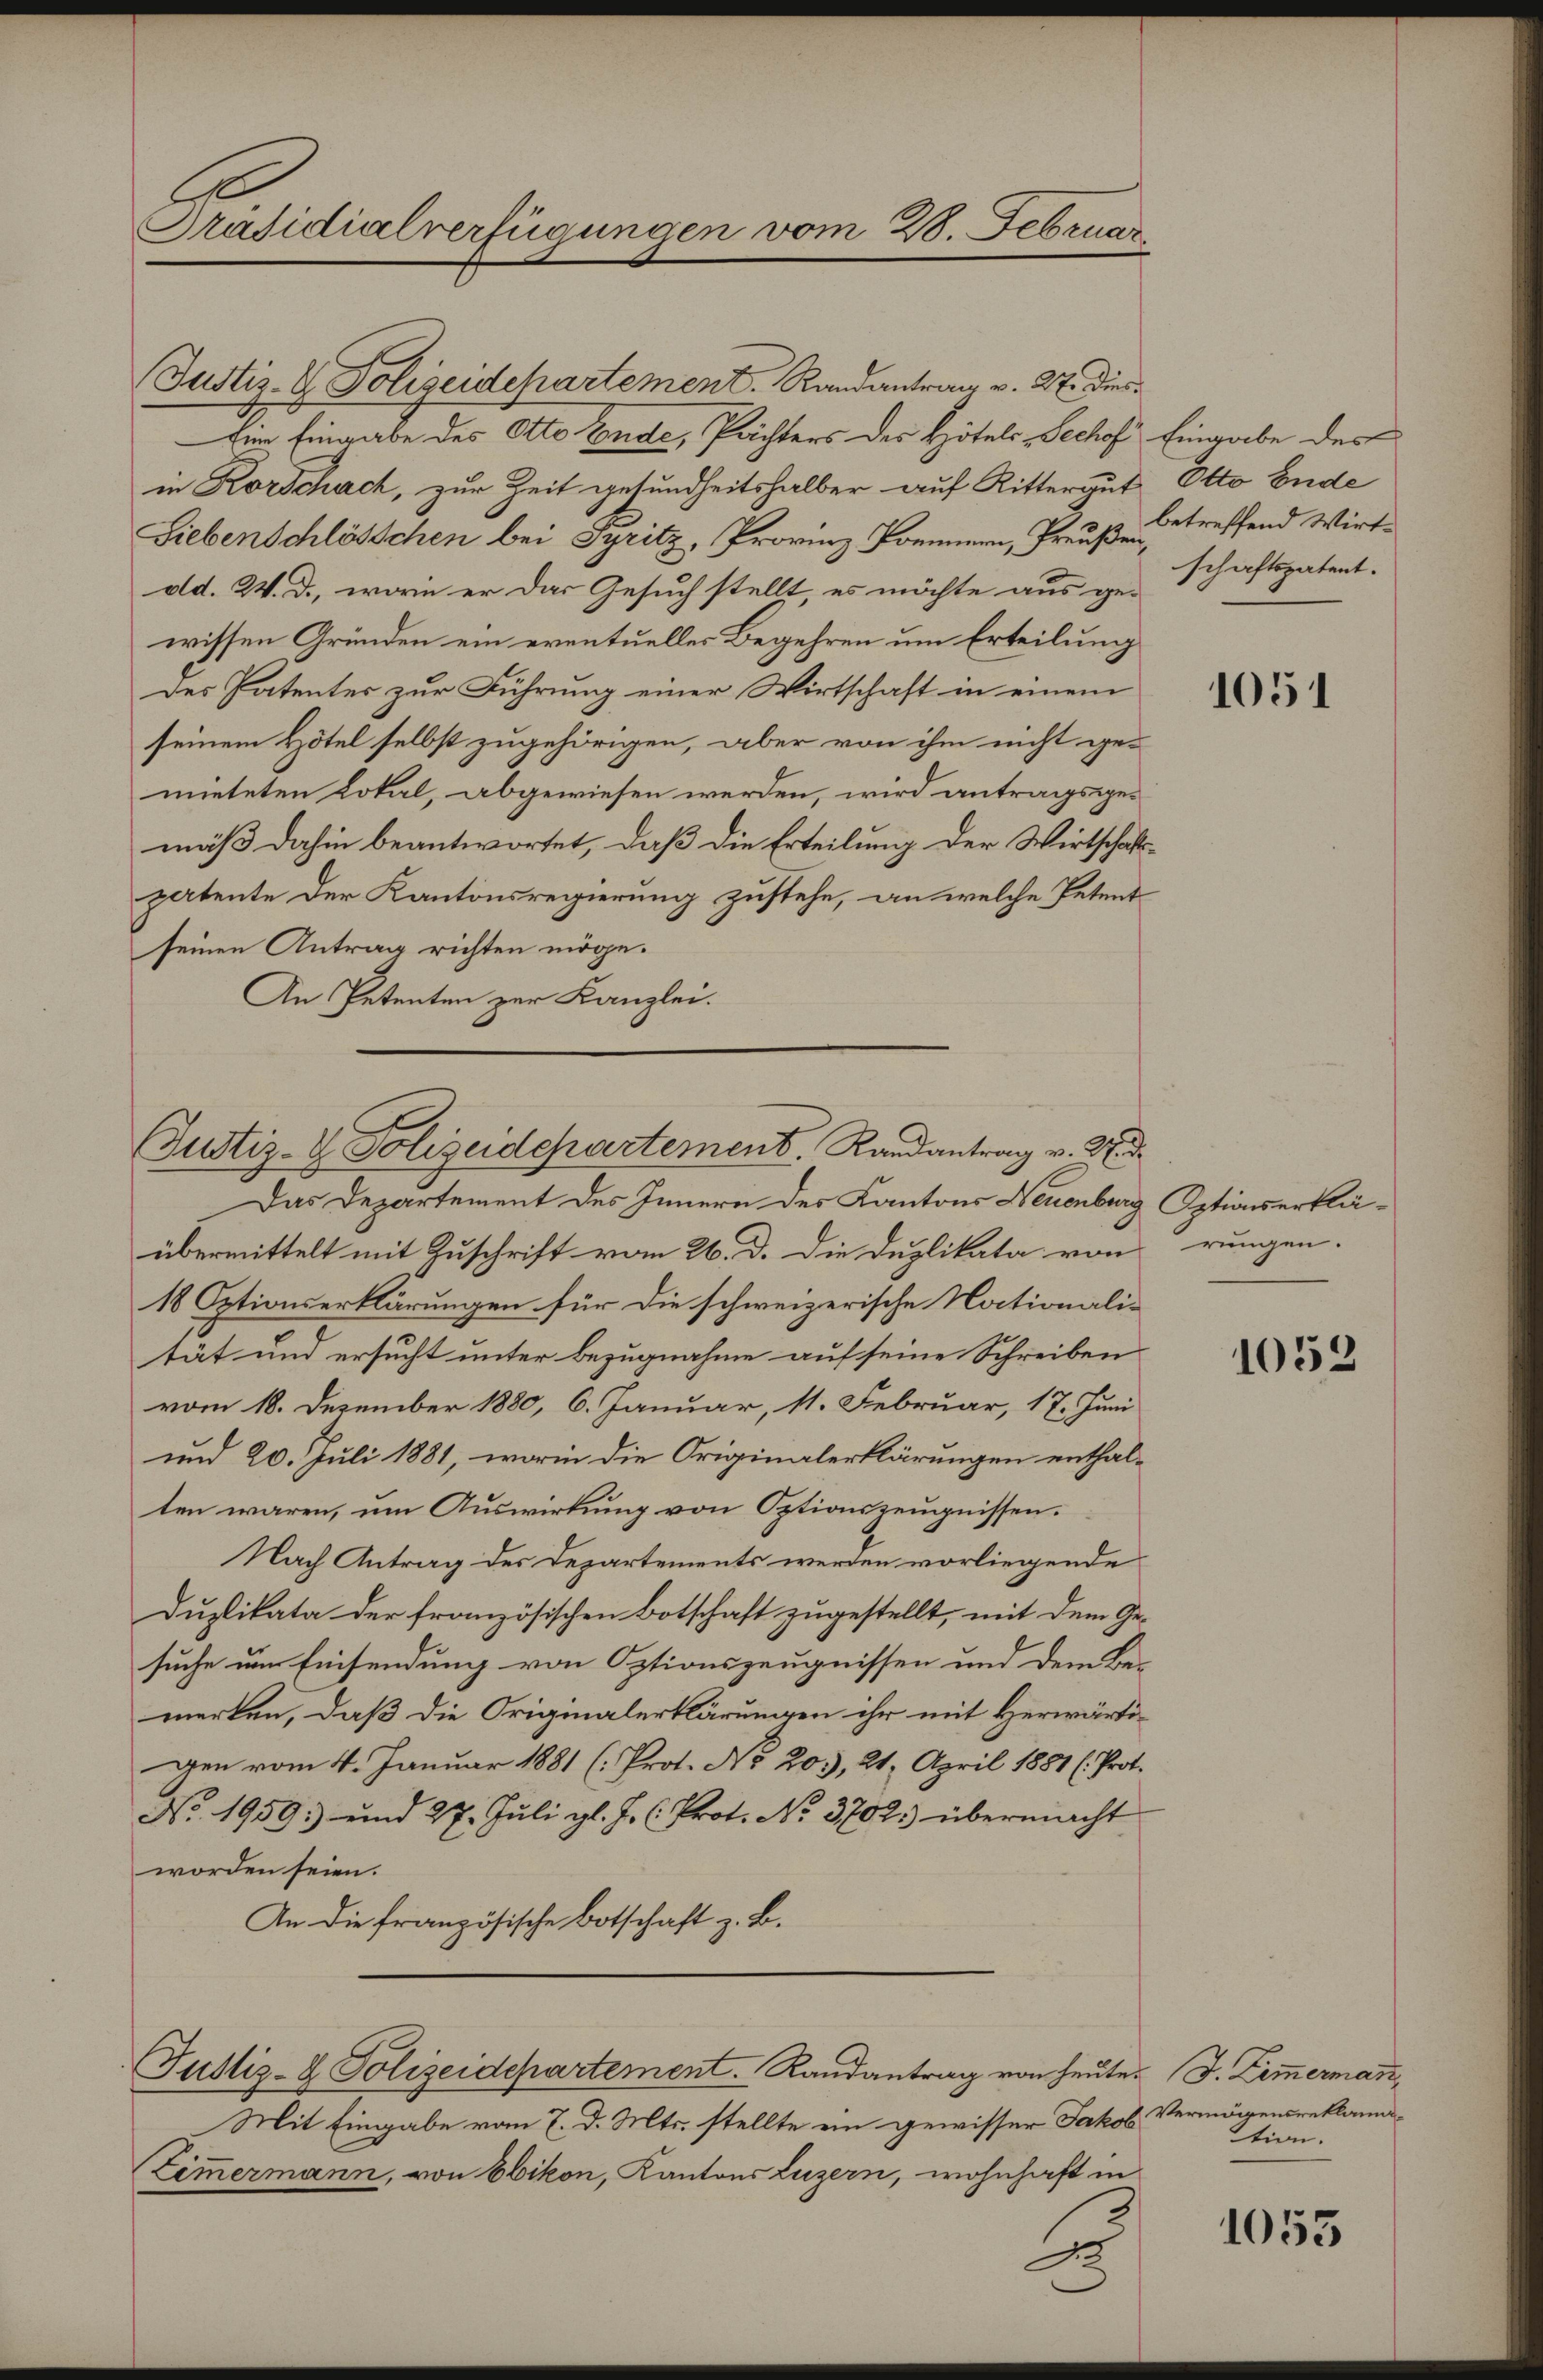
Justiz- & Polizeidepartement. Randantrag v. 27. dies¬
Ein Eingabe des Otto Ende, Pächters des Hotels Sechof Eingabe des
in Rorschach, zur Zeit gesundheitshalber auf Rittergut Otto Ende
Siebenschlösschen bei Syritz, Provinz Pommern, Preuße betreffend Wirt
dd. 24. d., worin er das Gesuch stellt, es möchte aus gewissen Gründen ein eventuelles Begehren um Erteilung
des Patentes zur Führung einer Wirtschaft in einem
seinem Hotel selbst zugehörigen, aber von ihm nicht ge-
mieteten Lokal, abgewiesen werden, wird antragsgemäß dahin beantwortet, daß die Erteilung der Wirtschaftspatente der Kantonsregierung zustehe, an welche Petentseinen Antrag richten möge.
An Petenten zur Kanzlei.

Präsidialverfügungen vom 28. Februar

Justiz- & Polizeidepartement. Randantrag v. Wid

Das Departement des Innern des Kantons Neuenburg Optionserkläübermittelt mit Zuschrift vom 26. d. die Duplikata von
18 Optionserklärungen für die schweizerische Nationalität und ersucht unter Bezugnahme auf seine Schreiben
vom 18. Dezember 1880, 6. Januar, 11. Februar, 17. Juni
und 20. Juli 1881, worin die Originalerklärungen enthalten waren, um Auswirkung von Optionszeugnissen.
Nach Antrag des Departements werden vorliegende
Duplikata der französischen Botschaft zugestellt, mit dem Ge-
suche nur Einsendung von Optionszeugnissen und dem Be-
merken, daß die Originalerklärungen ihr mit Herwärti-
gen vom 4. Januar 1881 (Prot. No 205, 21. April 1881 (Prot.
No. 1959: und 27. Jŭli gl. J. C. Prot. No. 3702. übermacht
worden seien.
An die französische Botschaft z. B.
Justiz- & Polizeidepartement.  Randantrag von heute. J. Zimmermann,
Mit Eingabe vom 7. d. Mts. stellte ein gewisser Jakob
Zimmermann, von Ebikon, Kantons Luzern, wohnhaft in
3

5

schaftspatent.

1051

rungen.

1052

Vermögensreklamation.

1055